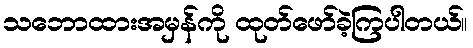
သဘောထားအမှန်ကို ထုတ်ဖော်ခဲ့ကြပါတယ်။